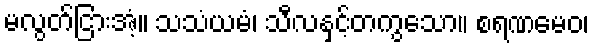
မလွတ်ငြားအံ့။ သသံယမံ၊ သီလနှင့်တကွသော။ စရဏမေဝ၊